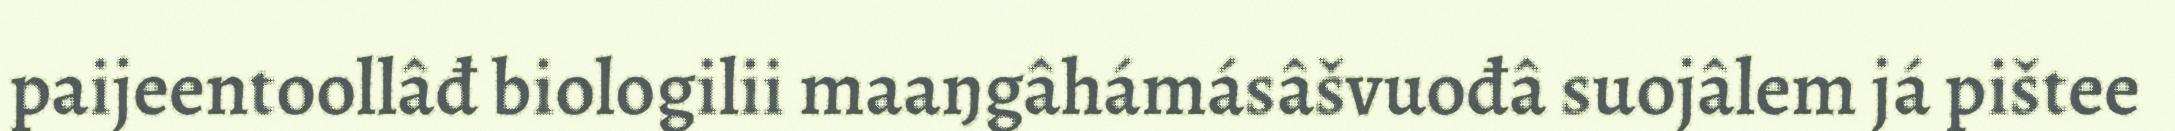
paijeentoollâđ biologilii maaŋgâhámásâšvuođâ suojâlem já pištee